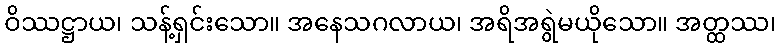
ဝိဿဋ္ဌာယ၊ သန့်ရှင်းသော။ အနေသဂလာယ၊ အရိအရွဲမယိုသော။ အတ္ထဿ၊